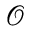
\mathcal { O }